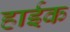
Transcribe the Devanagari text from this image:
हाईक